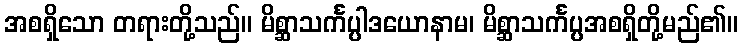
အစရှိသော တရားတို့သည်။ မိစ္ဆာသင်္ကပ္ပါဒယောနာမ၊ မိစ္ဆာသင်္ကပ္ပအစရှိတို့မည်၏။